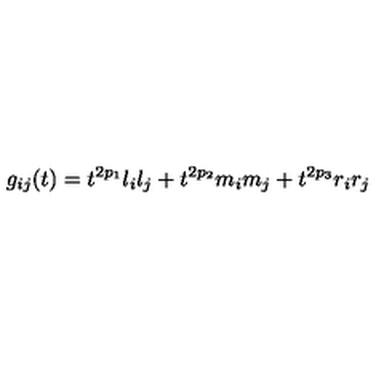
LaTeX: g _ { i j } ( t ) = t ^ { 2 p _ { 1 } } l _ { i } l _ { j } + t ^ { 2 p _ { 2 } } m _ { i } m _ { j } + t ^ { 2 p _ { 3 } } r _ { i } r _ { j }